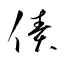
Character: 債